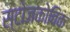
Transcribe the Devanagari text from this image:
स्टोजकोविक